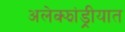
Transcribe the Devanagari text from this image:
अलेक्झांड्रीयात